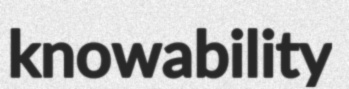
knowability